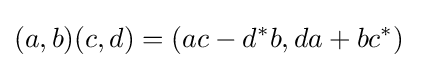
(a,b)(c,d)=(ac-d^{*}b,da+bc^{*})\